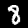
Digit: 8